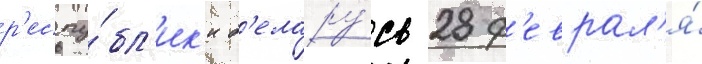
р'еспу́бл'ик'и б'елару́сь 28 ф'еврал'я́